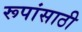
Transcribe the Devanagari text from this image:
रूपांसाठी